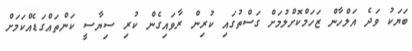
ބަޔަކު ވަދެ އަލްހާން ޒަހަމްކޮށްލުމަށް ގަސްތުގައި ކުރިން ރާވައިގެން ކުރި ސިޔާސީ ކަންތައްގަޑެއްކަމަށް